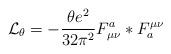
LaTeX: \begin{align*}{\cal L}_{\theta} = -\frac{\theta e^{2}}{32 \pi^{2}}F^{a}_{\mu\nu}*F_{a}^{\mu\nu} \end{align*}